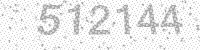
Solution: 512144